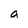
Character: a